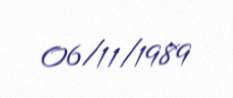
06/11/1989